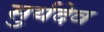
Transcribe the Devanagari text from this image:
सुर्यदेव